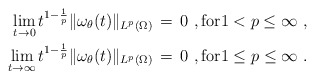
\begin{align*} \lim_{t\to 0} t^{1-\frac1p}\|\omega_\theta(t)\|_{L^p(\Omega)} \,&=\, 0~, \hbox{for}1 < p \le \infty~, \\ \lim_{t\to \infty} t^{1-\frac1p}\|\omega_\theta(t)\|_{L^p(\Omega)} \,&=\, 0~, \hbox{for}1 \le p \le \infty~.\end{align*}